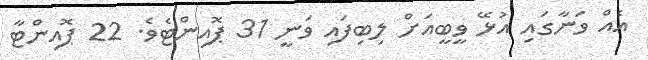
އެއް ވަނާގައި އުޅޭ ވީބީއަށް ލިބިފައި ވަނީ 31 ޕޮއިންޓެވެ. 22 ޕޮއިންޓާ